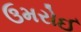
ઉમરોઈ